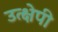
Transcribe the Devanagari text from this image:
उत्क्षेपी